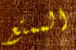
الممتع